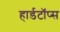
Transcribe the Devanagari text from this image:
हार्डटॉप्स